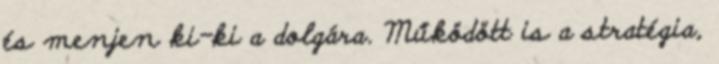
és menjen ki-ki a dolgára. Működött is a stratégia,